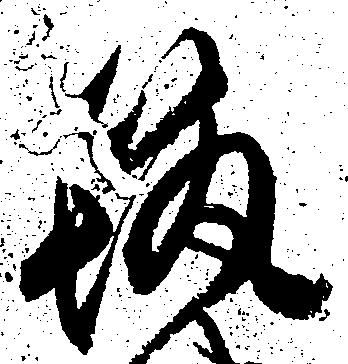
筑